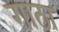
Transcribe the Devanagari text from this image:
गाठा